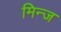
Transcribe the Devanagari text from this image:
मिन्ज